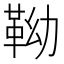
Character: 靿